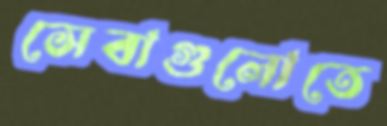
সেবাগুলোতে